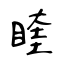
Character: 睳